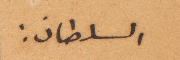
السلطان: